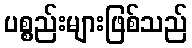
ပစ္စည်းများဖြစ်သည်